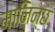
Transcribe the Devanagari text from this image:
मानिन्छ